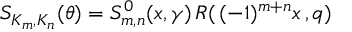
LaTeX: S _ { K _ { m } , K _ { n } } ( \theta ) = S _ { m , n } ^ { 0 } ( x , \gamma ) \, R ( \, ( - 1 ) ^ { m + n } x \, , q ) \,